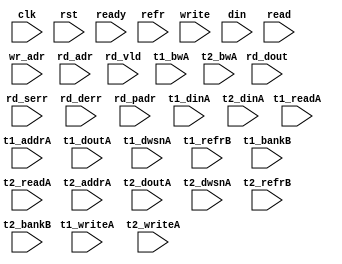
/*
 * Copyright (C) 2011 Memoir Systems Inc. These coded instructions, statements, and computer programs are
 * Confidential Proprietary Information of Memoir Systems Inc. and may not be disclosed to third parties
 * or copied in any form, in whole or in part, without the prior written consent of Memoir Systems Inc.
 * */

module algo_2ror1w_a120_sva_wrap
#(parameter IP_WIDTH = 32, parameter IP_BITWIDTH = 5, parameter IP_DECCBITS = 7, parameter IP_NUMADDR = 8192, parameter IP_BITADDR = 13, 
parameter IP_NUMVBNK = 4,	parameter IP_BITVBNK = 2, parameter IP_BITPBNK = 3,
parameter IP_ENAECC = 0, parameter IP_ENAPAR = 0, parameter IP_SECCBITS = 4, parameter IP_SECCDWIDTH = 3, 
parameter FLOPECC = 0, parameter FLOPIN = 0, parameter FLOPOUT = 0, parameter FLOPCMD = 0, parameter FLOPMEM = 0,
parameter IP_REFRESH = 1, parameter IP_REFFREQ = 6,  parameter IP_REFFRHF = 0,

parameter T1_WIDTH = 33, parameter T1_NUMVBNK = 2, parameter T1_BITVBNK = 1, parameter T1_DELAY = 2, parameter T1_NUMVROW = 2048, parameter T1_BITVROW = 11,
parameter T1_BITWSPF = 0, parameter T1_NUMWRDS = 1, parameter T1_BITWRDS = 0, parameter T1_NUMSROW = 2048, parameter T1_BITSROW = 11, parameter T1_NUMRBNK = 1, parameter T1_BITRBNK = 1,
parameter T1_NUMRROW = 256, parameter T1_BITRROW = 8, parameter T1_PHYWDTH = 33, parameter T1_NUMPROW = 2048, parameter T1_BITPROW = 11,
parameter T1_BITDWSN = 8, 
parameter T1_NUMDWS0 = 0, parameter T1_NUMDWS1 = 0, parameter T1_NUMDWS2 = 0, parameter T1_NUMDWS3 = 0,
parameter T1_NUMDWS4 = 0, parameter T1_NUMDWS5 = 0, parameter T1_NUMDWS6 = 0, parameter T1_NUMDWS7 = 0,
parameter T1_NUMDWS8 = 0, parameter T1_NUMDWS9 = 0, parameter T1_NUMDWS10 = 0, parameter T1_NUMDWS11 = 0,
parameter T1_NUMDWS12 = 0, parameter T1_NUMDWS13 = 0, parameter T1_NUMDWS14 = 0, parameter T1_NUMDWS15 = 0,
parameter T2_WIDTH = 33, parameter T2_NUMVBNK = 1, parameter T2_BITVBNK = 1, parameter T2_DELAY = 2, parameter T2_NUMVROW = 2048, parameter T2_BITVROW = 11,
parameter T2_BITWSPF = 0, parameter T2_NUMWRDS = 1, parameter T2_BITWRDS = 0, parameter T2_NUMSROW = 2048, parameter T2_BITSROW = 11, parameter T2_NUMRBNK = 1, parameter T2_BITRBNK = 1,
parameter T2_NUMRROW = 256, parameter T2_BITRROW = 8, parameter T2_PHYWDTH = 33, parameter T2_NUMPROW = 2048, parameter T2_BITPROW = 11,
parameter T2_BITDWSN = 8, 
parameter T2_NUMDWS0 = 0, parameter T2_NUMDWS1 = 0, parameter T2_NUMDWS2 = 0, parameter T2_NUMDWS3 = 0,
parameter T2_NUMDWS4 = 0, parameter T2_NUMDWS5 = 0, parameter T2_NUMDWS6 = 0, parameter T2_NUMDWS7 = 0,
parameter T2_NUMDWS8 = 0, parameter T2_NUMDWS9 = 0, parameter T2_NUMDWS10 = 0, parameter T2_NUMDWS11 = 0,
parameter T2_NUMDWS12 = 0, parameter T2_NUMDWS13 = 0, parameter T2_NUMDWS14 = 0, parameter T2_NUMDWS15 = 0
)
(clk,  rst,  ready,  refr,
 write, wr_adr, din, 
 read, rd_adr, rd_dout, rd_vld, rd_serr, rd_derr, rd_padr,
 t1_readA, t1_writeA, t1_addrA, t1_dinA, t1_bwA, t1_doutA, t1_dwsnA, t1_refrB, t1_bankB,
 t2_readA, t2_writeA, t2_addrA, t2_dinA, t2_bwA, t2_doutA, t2_dwsnA, t2_refrB, t2_bankB);
 
  parameter WIDTH = IP_WIDTH;
  parameter BITWDTH = IP_BITWIDTH;
  parameter ECCWDTH = IP_DECCBITS;
  parameter ENAPAR = 0;
  parameter ENAECC = 1;
  parameter NUMADDR = IP_NUMADDR;
  parameter BITADDR = IP_BITADDR;
  parameter NUMVROW = T1_NUMVROW;   // ALGO Parameters
  parameter BITVROW = T1_BITVROW;
  parameter NUMVBNK = IP_NUMVBNK;
  parameter BITVBNK = IP_BITVBNK;
  parameter BITPBNK = IP_BITPBNK;
  parameter NUMWRDS = T1_NUMWRDS;      // ALIGN Parameters
  parameter BITWRDS = T1_BITWRDS;
  parameter NUMSROW = T1_NUMSROW;
  parameter BITSROW = T1_BITSROW;
  parameter BITPROW = T1_BITPROW;
  parameter REFRESH = IP_REFRESH;      // REFRESH Parameters 
  parameter NUMRBNK = T1_NUMRBNK;
  parameter BITWSPF = T1_BITWSPF;
  parameter BITRBNK = T1_BITRBNK;
  parameter NUMRROW = T1_NUMRROW;
  parameter BITRROW = T1_BITRROW;
  parameter REFFREQ = IP_REFFREQ;
  parameter REFFRHF = IP_REFFRHF;
  parameter SRAM_DELAY = T1_DELAY;
  parameter PHYWDTH = T1_PHYWDTH;
  
  parameter BITDWSN = T1_BITDWSN;		//DWSN Parameters
  parameter NUMDWS0 = T1_NUMDWS0;
  parameter NUMDWS1 = T1_NUMDWS1;
  parameter NUMDWS2 = T1_NUMDWS2;
  parameter NUMDWS3 = T1_NUMDWS3;
  parameter NUMDWS4 = T1_NUMDWS4;
  parameter NUMDWS5 = T1_NUMDWS5;
  parameter NUMDWS6 = T1_NUMDWS6;
  parameter NUMDWS7 = T1_NUMDWS7;
  parameter NUMDWS8 = T1_NUMDWS8;
  parameter NUMDWS9 = T1_NUMDWS9;
  parameter NUMDWS10 = T1_NUMDWS10;
  parameter NUMDWS11 = T1_NUMDWS11;
  parameter NUMDWS12 = T1_NUMDWS12;
  parameter NUMDWS13 = T1_NUMDWS13;
  parameter NUMDWS14 = T1_NUMDWS14;
  parameter NUMDWS15 = T1_NUMDWS15;

  parameter MEMWDTH = WIDTH+ECCWDTH;
  parameter BITPADR = BITPBNK+BITSROW+BITWRDS+1;

  input                          refr;

  input                          write;
  input [BITADDR-1:0]            wr_adr;
  input [WIDTH-1:0]              din;

  input [2-1:0]                  read;
  input [2*BITADDR-1:0]          rd_adr;
  input [2-1:0]                 rd_vld;
  input [2*WIDTH-1:0]           rd_dout;
  input [2-1:0]                 rd_serr;
  input [2-1:0]                 rd_derr;
  input [2*BITPADR-1:0]         rd_padr;

  input                         ready;
  input                          clk, rst;

  input [NUMVBNK-1:0] t1_readA;
  input [NUMVBNK-1:0] t1_writeA;
  input [NUMVBNK*BITSROW-1:0] t1_addrA;
  input [NUMVBNK*PHYWDTH-1:0] t1_bwA;
  input [NUMVBNK*PHYWDTH-1:0] t1_dinA;
  input  [NUMVBNK*PHYWDTH-1:0] t1_doutA;
  input [NUMVBNK*BITDWSN-1:0] t1_dwsnA;

  input [NUMVBNK-1:0] t1_refrB;
  input [NUMVBNK*BITRBNK-1:0] t1_bankB;

  input [1-1:0] t2_readA;
  input [1-1:0] t2_writeA;
  input [1*BITSROW-1:0] t2_addrA;
  input [1*PHYWDTH-1:0] t2_bwA;
  input [1*PHYWDTH-1:0] t2_dinA;
  input  [1*PHYWDTH-1:0] t2_doutA;
  input [1*BITDWSN-1:0] t2_dwsnA;

  input [1-1:0] t2_refrB;
  input [1*BITRBNK-1:0] t2_bankB;

endmodule